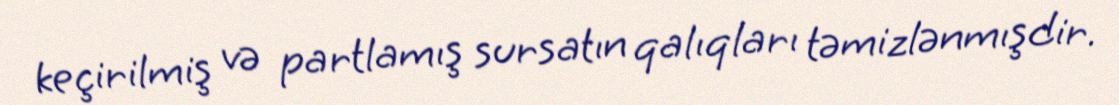
keçirilmiş və partlamış sursatın qalıqları təmizlənmışdir.